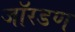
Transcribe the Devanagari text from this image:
जॉरडण